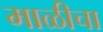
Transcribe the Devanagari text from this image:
माळीचा